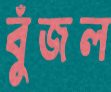
বুঁজল